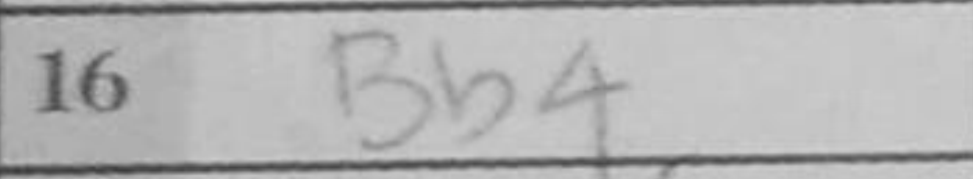
Transcription: Bb4